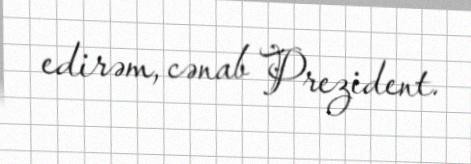
edirəm, cənab Prezident.